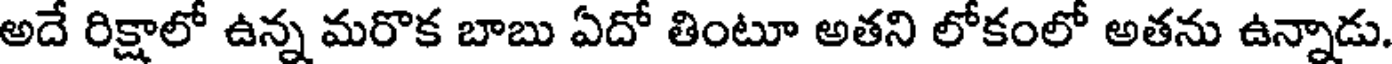
అదే రిక్షాలో ఉన్న మరొక బాబు ఏదో తింటూ అతని లోకంలో అతను ఉన్నాడు.